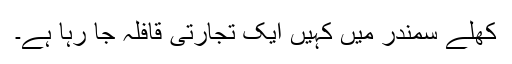
کھلے سمندر میں کہیں ایک تجارتی قافلہ جا رہا ہے۔